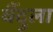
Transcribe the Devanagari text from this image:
बैंदुला